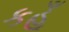
કહૂઁ